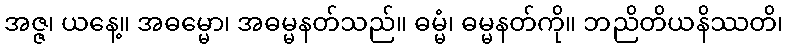
အဇ္ဇ၊ ယနေ့။ အဓမ္မော၊ အဓမ္မနတ်သည်။ ဓမ္မံ၊ ဓမ္မနတ်ကို။ ဘညိတိယနိဿတိ၊